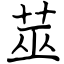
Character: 莁